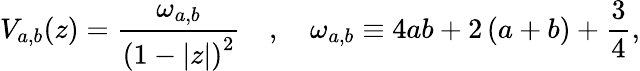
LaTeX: V_{a,b}(z)=\frac{\omega_{a,b}}{{\left(1-|z|\right)}^{2}}\quad,\quad\omega_{a,b}\equiv 4ab+2\left(a+b\right)+\frac{3}{4},